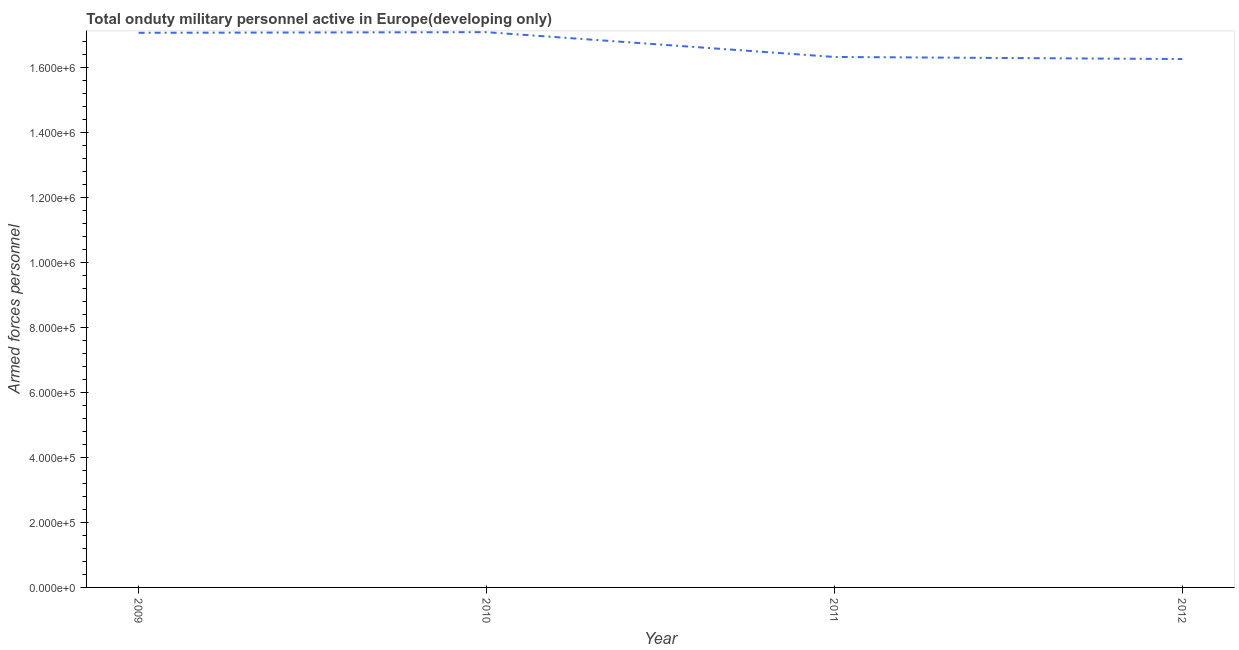
| Year | Armed forces personnel |
 | --- | --- |
 | 2009 | 1.71e+06 |
 | 2010 | 1.71e+06 |
 | 2011 | 1.63e+06 |
 | 2012 | 1.63e+06 |